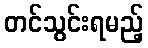
တင်သွင်းရမည့်